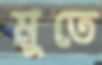
মুতে